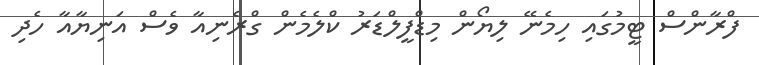
ފްރާންސް ޓީމުގައި ހިމެނޭ ލިޔޯން މިޑްފީލްޑަރު ކްލެމެން ގްރެނިއާ ވެސް އަނިޔާއާ ހެދި